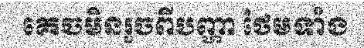
គេចមិនរួចពីបញ្ហា ថែមទាំង